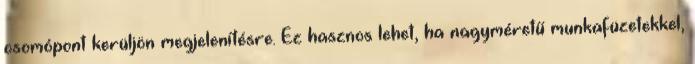
csomópont kerüljön megjelenítésre. Ez hasznos lehet, ha nagyméretű munkafüzetekkel,